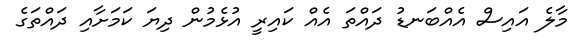
މާލެ އައިސް އެއްބަނޑު ދައްތަ އެއް ކައިރީ އުޅެމުން ދިޔަ ކަމަށާއި ދައްތަގެ